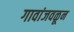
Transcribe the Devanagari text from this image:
गावांजवळून